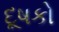
દૂષકો